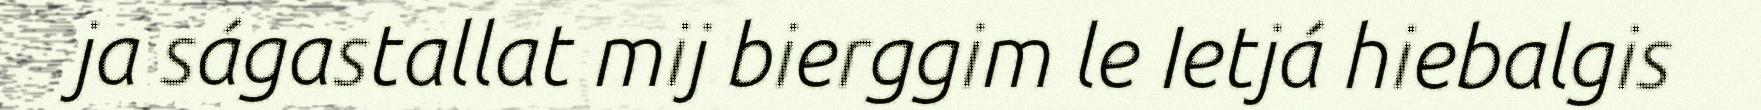
ja ságastallat mij bierggim le Ietjá hiebalgis